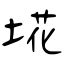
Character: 埖